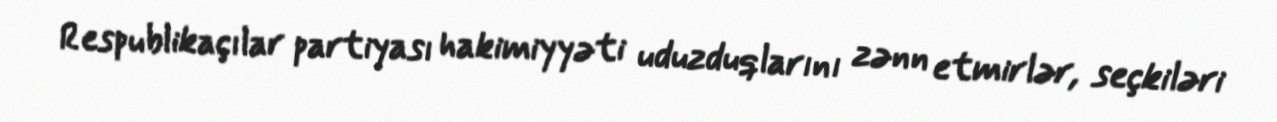
Respublikaçılar partiyası hakimiyyəti uduzduqlarını zənn etmirlər, seçkiləri